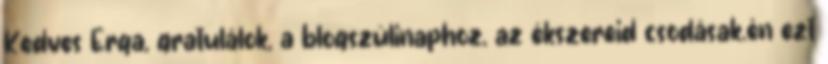
Kedves Erga, gratulálok, a blogszülinaphoz, az ékszereid csodásak.èn ezt